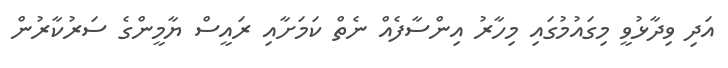
އަދި ވިދާޅުވީ މިގައުމުގައި މިހާރު އިންސާފެއް ނެތް ކަމަށާއި ރައީސް ޔާމީންގެ ސަރުކާރުން